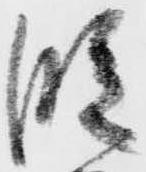
段